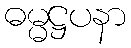
ဓမ္မဋ္ဌပနာ